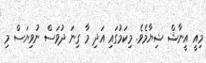
މިއީ އީނާޝް ޝިޔާމެވެ. މިކަމުގައި އަދި މާ ގިނަ ދުވަސް ނުވިޔަސް މި